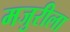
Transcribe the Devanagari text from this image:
मजुरीला